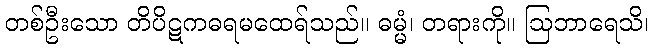
တစ်ဦးသော တိပိဋကဓရမထေရ်သည်။ ဓမ္မံ၊ တရားကို။ ဩဘာရေသိ၊